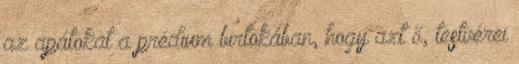
az apátokat a prédium birtokában, hogy azt ő, testvérei